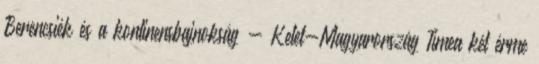
Berencsiék és a kontinensbajnokság - Kelet-Magyarország Tímea két érme